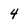
Character: 4